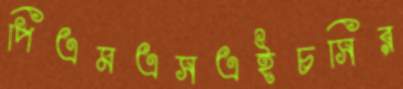
পিএমএসএইচসির